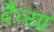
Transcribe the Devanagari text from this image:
दैव्या